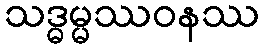
သဒ္ဓမ္မဿဝနဿ